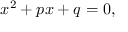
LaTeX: x ^ { 2 } + p x + q = 0 ,